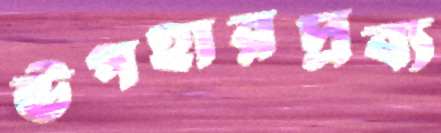
উপহারদ্রব্য